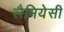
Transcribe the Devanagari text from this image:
लैमियेसी